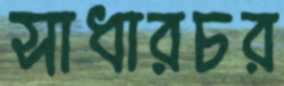
সাধারচর